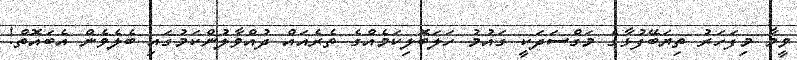
ވީމާ މިފަހަރު ތިޔަބޭފުޅާގެ މަގްސަދަކީ ގައުމު ހަލަބޮލިކަމެއްގެ ތެރެއައް ދުއްވާލުންކަމުގައި ބެލެވެން އެބައޮތް!